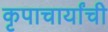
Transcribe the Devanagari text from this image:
कृपाचार्यांची